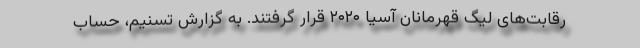
رقابت‌های لیگ قهرمانان آسیا ۲۰۲۰ قرار گرفتند. به گزارش تسنیم، حساب